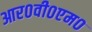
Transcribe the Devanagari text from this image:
आर०वी०एम०